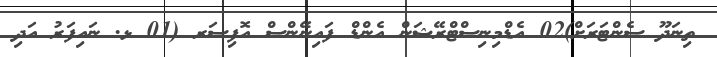
ތިނަދޫ ސެންޓަރަށް)02 އެޑްމިނިސްޓްރޭޝަން އެންޑް ފައިނޭންސް އޮފިސަރ (01 ޅ. ނައިފަރު އަދި